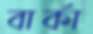
বার্কা